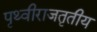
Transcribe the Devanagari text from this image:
पृथ्वीराजतृतीय